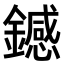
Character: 𫓏